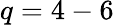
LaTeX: q=4-6